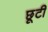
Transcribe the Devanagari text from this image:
छूटीं